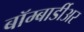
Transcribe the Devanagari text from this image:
बॉम्बार्डीअर